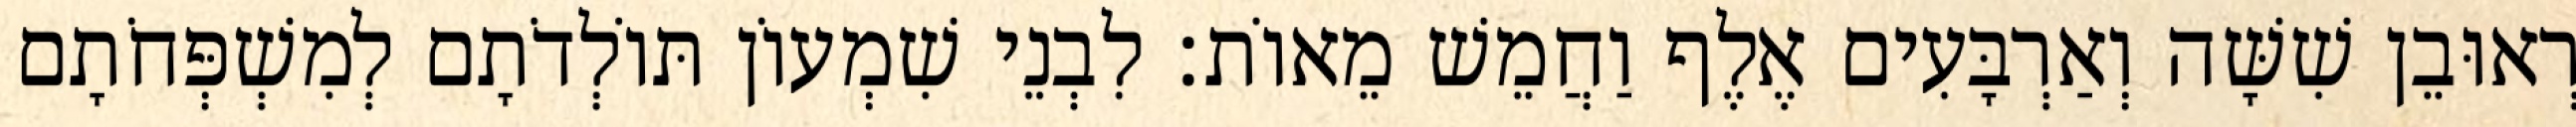
רְאוּבֵן שִׁשָּׁה וְאַרְבָּעִים אֶלֶף וַחֲמֵשׁ מֵאוֹת׃ לִבְנֵי שִׁמְעוֹן תּוֹלְדֹתָם לְמִשְׁפְּחֹתָם